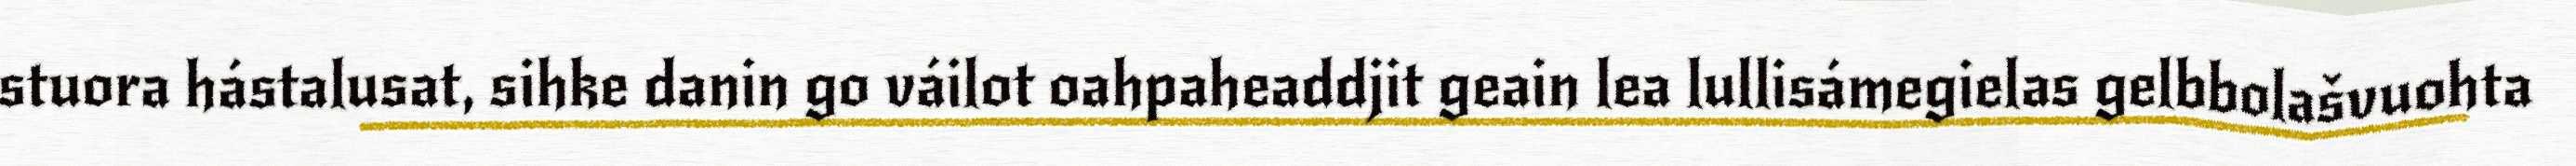
stuora hástalusat, sihke danin go váilot oahpaheaddjit geain lea lullisámegielas gelbbolašvuohta